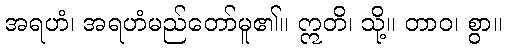
အရဟံ၊ အရဟံမည်တော်မူ၏။ ဣတိ၊ သို့။ တာဝ၊ စွာ။